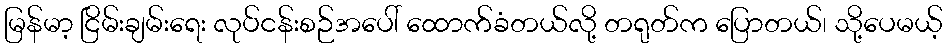
မြန်မာ့ ငြိမ်းချမ်းရေး လုပ်ငန်းစဉ်အပေါ် ထောက်ခံတယ်လို့ တရုတ်က ပြောတယ်၊ သို့ပေမယ့်